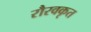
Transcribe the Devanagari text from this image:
रौरवकृत